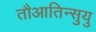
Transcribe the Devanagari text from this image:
तौआतिन्सुयु